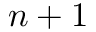
n + 1